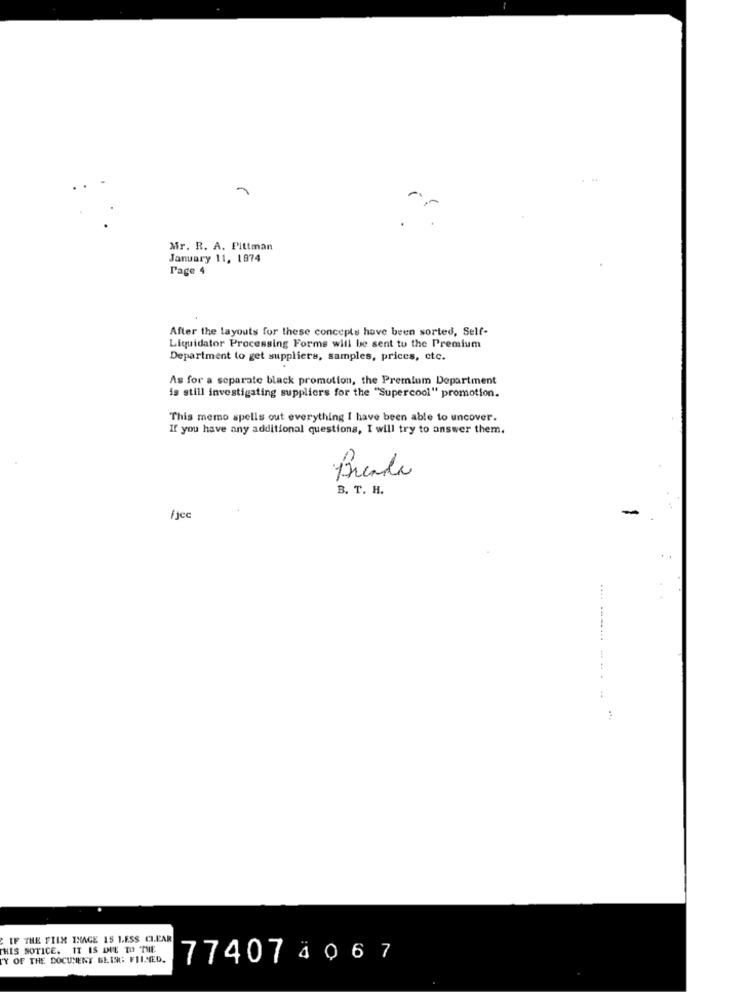
Mr. R. A. Pittman
January 11, 1974
Page 4
After the layouts for these concepts have been sorted, Self-
Liquidator Processing Forms will be sent to the Premium
Department to get suppliers, samples, prices, etc.
As for a separate black promotion, the Premium Department
is still investigating suppliers for the "Supercool" promotion.
This memo spells out everything I have been able to uncover.
If you have any additional questions, I will try to answer them.
Brenda
B. T. H.
-
fjcc
.... ........
IF THE FILM IMAGE IS LESS CLEAR
HIS NOTICE. IT IS DUE TO THE
Y OF THE DOCUMENT BEISG FILNED.
77407 4 0 6 7